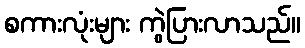
စကားလုံးများ ကွဲပြားလာသည်။